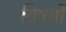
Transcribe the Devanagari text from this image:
विषयोंं